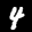
Label: 4